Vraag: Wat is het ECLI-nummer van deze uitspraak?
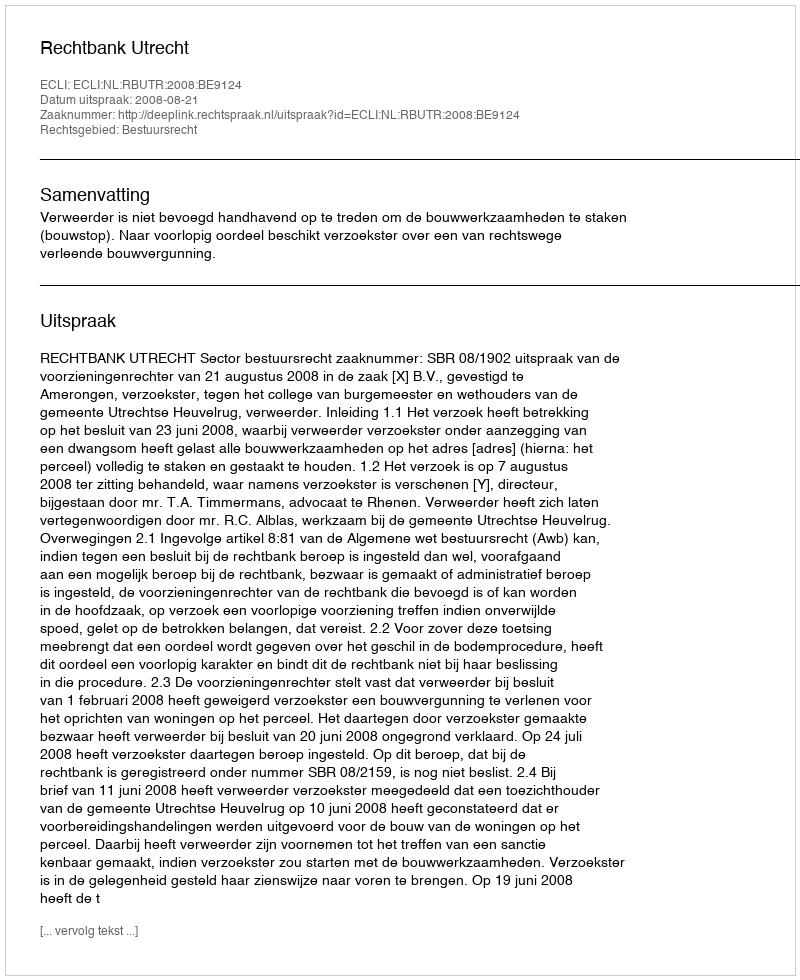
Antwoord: ECLI:NL:RBUTR:2008:BE9124